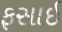
ફસાઈ